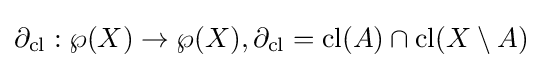
\partial _{\operatorname {cl} }:\wp (X)\to \wp (X),\partial _{\operatorname {cl} }=\operatorname {cl} (A)\cap \operatorname {cl} (X\setminus A)